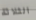
الثلاثة